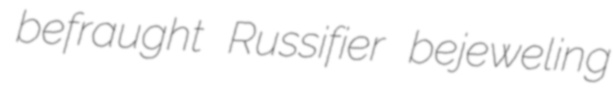
befraught Russifier bejeweling